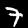
Label: 7